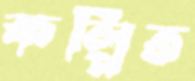
কল্পিত